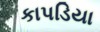
કાપડિયા